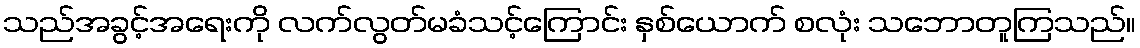
သည်အခွင့်အရေးကို လက်လွတ်မခံသင့်ကြောင်း နှစ်ယောက် စလုံး သဘောတူကြသည်။